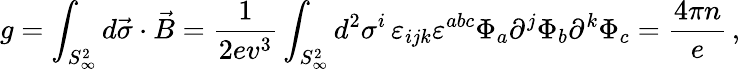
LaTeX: g=\int_{S_{\infty}^{2}}d\vec{\sigma}\cdot\vec{B}=\frac{1}{2ev^{3}}\int_{S_{\infty}^{2}}d^{2}\sigma^{i}\, \varepsilon_{ijk}\varepsilon^{abc}\Phi_{a}\partial^{j}\Phi_{b}\partial^{k}\Phi_{c}=\frac{4\pi n}{e}\, ,